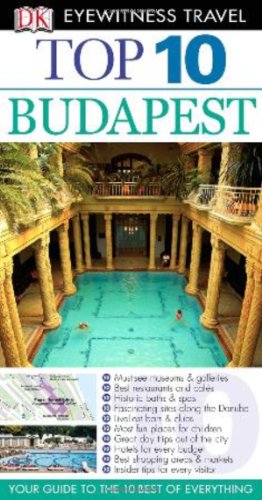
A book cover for Top 10 Budapest (Eyewitness Top 10 Travel Guide); DK Publishing; Travel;